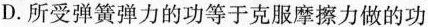
D.所受弹簧弹力的功等于克服摩擦力做的功